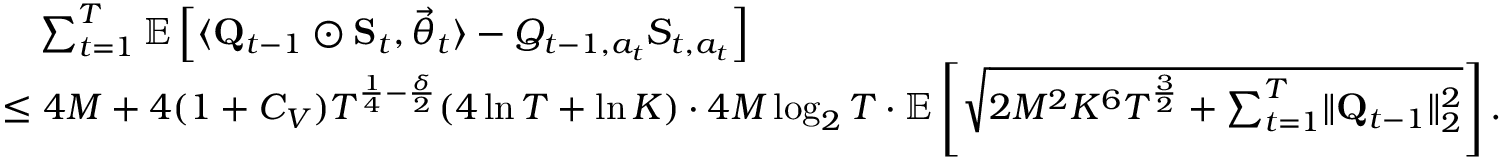
\begin{array} { r l } & { \quad \sum _ { t = 1 } ^ { T } \mathbb E \left[ \langle \mathbf Q _ { t - 1 } \odot \mathbf S _ { t } , \vec { \theta } _ { t } \rangle - Q _ { t - 1 , a _ { t } } S _ { t , a _ { t } } \right] } \\ & { \le 4 M + 4 ( 1 + C _ { V } ) T ^ { \frac 1 4 - \frac \delta 2 } ( 4 \ln T + \ln K ) \cdot 4 M \log _ { 2 } T \cdot \mathbb E \left[ \sqrt { 2 M ^ { 2 } K ^ { 6 } T ^ { \frac 3 2 } + \sum _ { t = 1 } ^ { T } \lVert \mathbf Q _ { t - 1 } \rVert _ { 2 } ^ { 2 } } \right] . } \end{array}